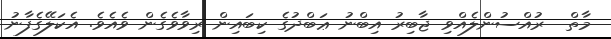
މާތް  ރުއްސުންލެއްވި ޖާބިރު އިބްނު ޢަބްދުގެ ކިބައިން ރިވާވެގެން ވެއެވެ. އެކަލޭގެފާނު